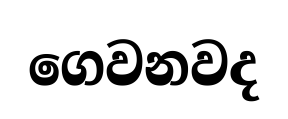
ගෙවනවද